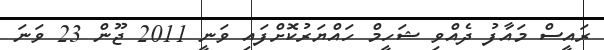
ރައީސް މައާފު ދެއްވި ޝަހީމް ހައްޔަރުކޮށްފައި ވަނީ 2011 ޖޫން 23 ވަނަ